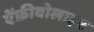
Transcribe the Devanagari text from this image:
ऐंफ़ीबोलाइट